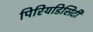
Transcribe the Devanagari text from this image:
पिरियडिसिटी